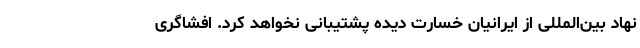
نهاد بین‌المللی از ایرانیان خسارت دیده پشتیبانی نخواهد کرد. افشاگری